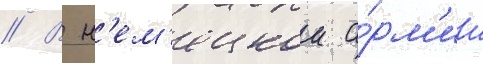
// В н'ем'ецкои а́рм'ии